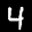
Label: 4